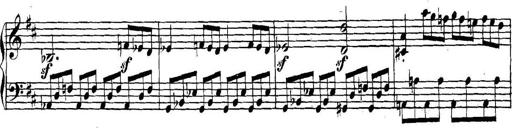
Title: Collected Piano Sonatas
Composer: Muzio Clementi